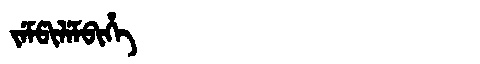
Manchu: ᠵᡝᠮᡦᡳᠯᡝᠮᠪᡳᡥᡝ
Romanization: JEMPILEMBIHE